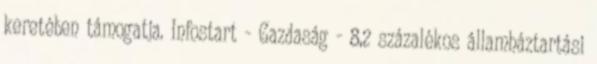
keretében támogatja. Infostart - Gazdaság - 8,2 százalékos államháztartási